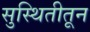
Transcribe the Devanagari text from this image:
सुस्थितीतून